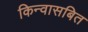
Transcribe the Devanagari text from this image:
किन्वासबित